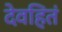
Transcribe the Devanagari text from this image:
देवहितं